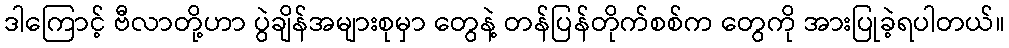
ဒါကြောင့် ဗီလာတို့ဟာ ပွဲချိန်အများစုမှာ တွေနဲ့ တန်ပြန်တိုက်စစ်က တွေကို အားပြုခဲ့ရပါတယ်။